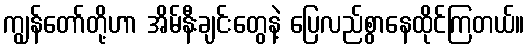
ကျွန်တော်တို့ဟာ အိမ်နီးချင်းတွေနဲ့ ပြေလည်စွာနေထိုင်ကြတယ်။